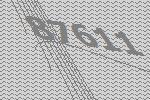
87611